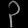
Digit: ၃